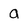
Character: a